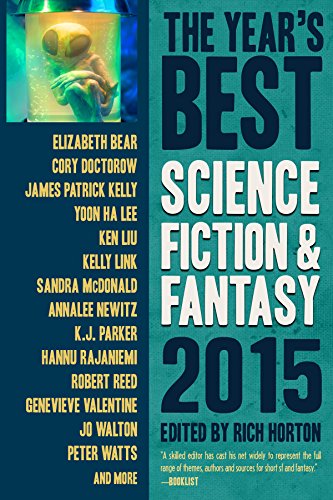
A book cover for The Year's Best Science Fiction & Fantasy 2015 Edition (Year's Best Science Fiction and Fantasy); Rich Horton; Science Fiction & Fantasy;